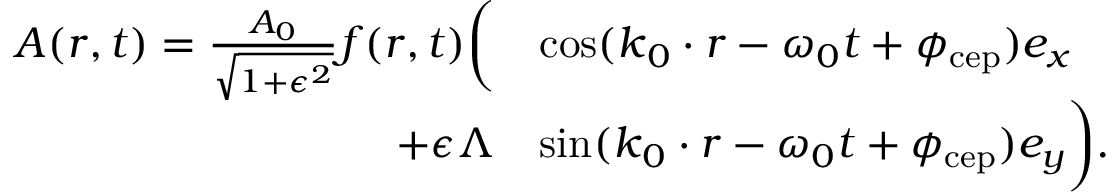
\begin{array} { r l } { \boldsymbol { A } ( \boldsymbol { r } , t ) = \frac { A _ { 0 } } { \sqrt { 1 + \epsilon ^ { 2 } } } f ( \boldsymbol { r } , t ) \biggl ( } & { \cos ( \boldsymbol { k } _ { 0 } \cdot \boldsymbol { r } - \omega _ { 0 } t + \phi _ { \mathrm { c e p } } ) \boldsymbol { e _ { x } } } \\ { + \epsilon \Lambda } & { \sin ( \boldsymbol { k } _ { 0 } \cdot \boldsymbol { r } - \omega _ { 0 } t + \phi _ { \mathrm { c e p } } ) \boldsymbol { e _ { y } } \biggr ) . } \end{array}